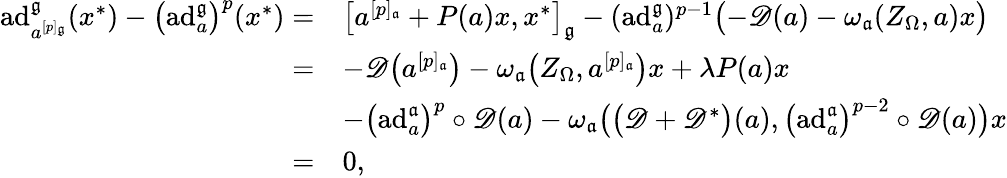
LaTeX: \begin{array}{rl}{\mathrm{ad}_{a^{[p]_{\mathfrak{g}}}}^{\mathfrak{g}}(x^{*})-\bigl(\mathrm{ad}_{a}^{\mathfrak{g}}\bigr)^{p}(x^{*})=}&{\big[a^{[p]_{\mathfrak{a}}}+P(a)x,x^{*}\big]_{\mathfrak{g}}-(\mathrm{ad}_{a}^{\mathfrak{g}})^{p-1}\bigl(-\mathscr{D}(a)-\omega_{\mathfrak{a}}(Z_{\Omega},a)x\bigr)}\\ {=}&{-{\mathscr D}\bigl(a^{[p]_{\mathfrak{a}}}\bigr)-\omega_{\mathfrak{a}}\bigl(Z_{\Omega},a^{[p]_{\mathfrak{a}}}\bigr)x+\lambda P(a)x}\\ &{-\bigl(\mathrm{ad}_{a}^{\mathfrak{a}}\bigr)^{p}\circ{\mathscr D}(a)-\omega_{\mathfrak{a}}\bigl(\bigl({\mathscr D}+{\mathscr D}^{*}\bigr)(a),\bigl(\mathrm{ad}_{a}^{\mathfrak{a}}\bigr)^{p-2}\circ{\mathscr D}(a)\bigr)x}\\ {=}&{0,}\end{array}